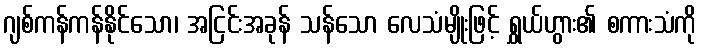
ဂျစ်ကန်ကန်နိုင်သော၊ အငြင်းအခုန် သန်သော လေသံမျိုးဖြင့် ရွှယ်ဟွား၏ စကားသံကို